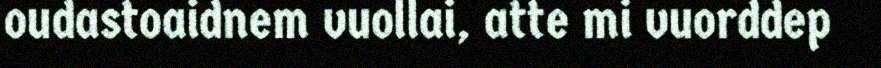
oudastoaidnem vuollai, atte mi vuorddep